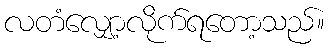
လတံလျှော့လိုက်ရတော့သည်။